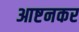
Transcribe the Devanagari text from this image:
आष्टनकर